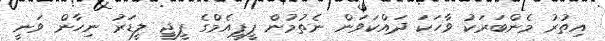
އިތުރު މެންބަރަކު ވާހަކަ ދައްކަވަން ނެތުމުން ޕީޕީއެމްގެ ޕީޖީ ލީޑަރު ނިހާން ވަނީ